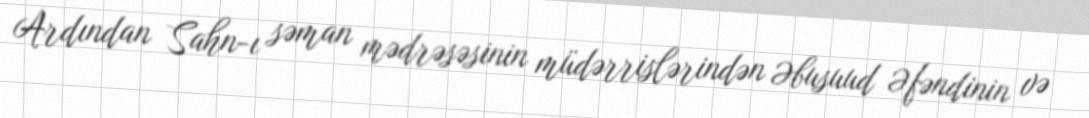
Ardından Sahn-ı səman mədrəsəsinin müdərrislərindən Əbusuud Əfəndinin və